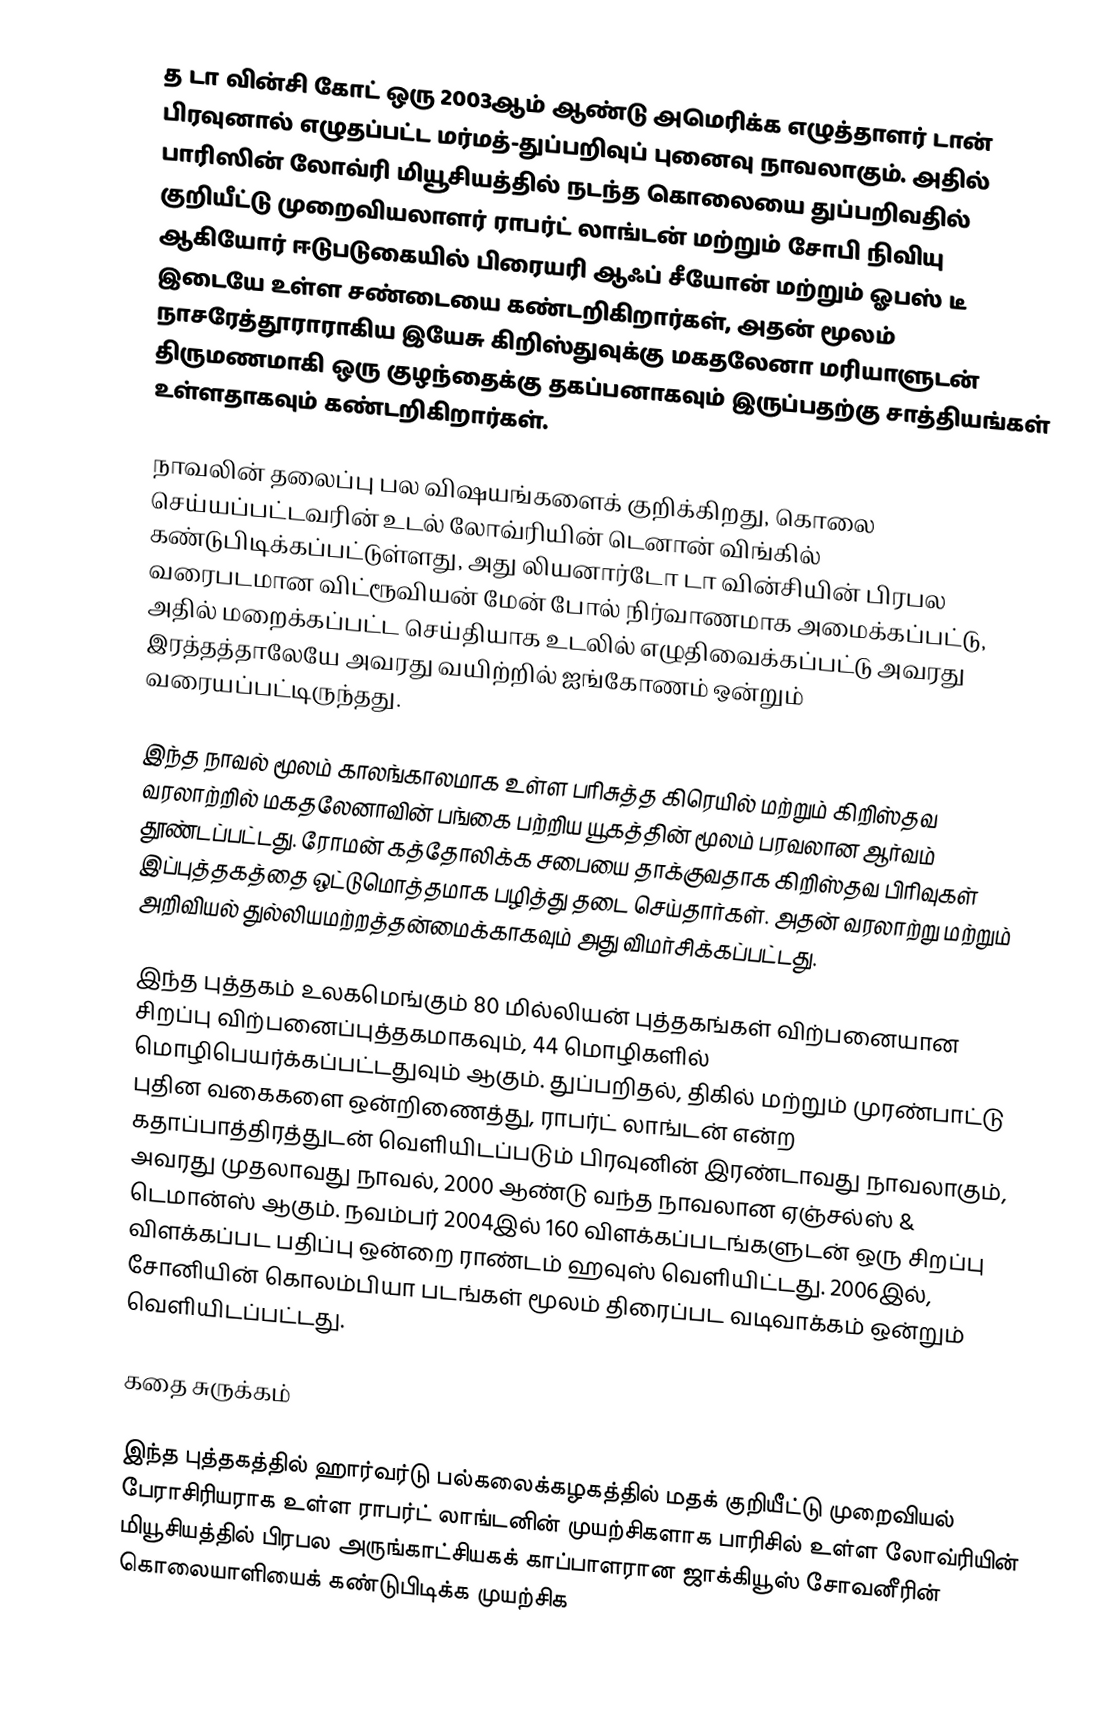
த டா வின்சி கோட்   ஒரு 2003ஆம் ஆண்டு அமெரிக்க எழுத்தாளர் டான் பிரவுனால் எழுதப்பட்ட மர்மத்-துப்பறிவுப் புனைவு நாவலாகும். அதில் பாரிஸின் லோவ்ரி மியூசியத்தில் நடந்த கொலையை துப்பறிவதில் குறியீட்டு முறைவியலாளர் ராபர்ட் லாங்டன் மற்றும் சோபி நிவியு ஆகியோர் ஈடுபடுகையில் பிரையரி ஆஃப் சீயோன் மற்றும் ஓபஸ் டீ இடையே உள்ள சண்டையை கண்டறிகிறார்கள், அதன் மூலம் நாசரேத்தூராராகிய இயேசு கிறிஸ்துவுக்கு மகதலேனா மரியாளுடன் திருமணமாகி ஒரு குழந்தைக்கு தகப்பனாகவும் இருப்பதற்கு சாத்தியங்கள் உள்ளதாகவும் கண்டறிகிறார்கள்.

நாவலின் தலைப்பு பல விஷயங்களைக் குறிக்கிறது, கொலை செய்யப்பட்டவரின் உடல் லோவ்ரியின் டெனான் விங்கில் கண்டுபிடிக்கப்பட்டுள்ளது, அது லியனார்டோ டா வின்சியின் பிரபல வரைபடமான விட்ரூவியன் மேன்  போல் நிர்வாணமாக அமைக்கப்பட்டு, அதில் மறைக்கப்பட்ட செய்தியாக உடலில் எழுதிவைக்கப்பட்டு அவரது இரத்தத்தாலேயே அவரது வயிற்றில் ஐங்கோணம் ஒன்றும் வரையப்பட்டிருந்தது.

இந்த நாவல் மூலம் காலங்காலமாக உள்ள பரிசுத்த கிரெயில் மற்றும் கிறிஸ்தவ வரலாற்றில் மகதலேனாவின் பங்கை பற்றிய யூகத்தின் மூலம் பரவலான ஆர்வம் தூண்டப்பட்டது. ரோமன் கத்தோலிக்க சபையை தாக்குவதாக கிறிஸ்தவ பிரிவுகள் இப்புத்தகத்தை ஒட்டுமொத்தமாக பழித்து தடை செய்தார்கள். அதன் வரலாற்று மற்றும் அறிவியல் துல்லியமற்றத்தன்மைக்காகவும் அது விமர்சிக்கப்பட்டது.

இந்த புத்தகம் உலகமெங்கும் 80 மில்லியன் புத்தகங்கள் விற்பனையான சிறப்பு விற்பனைப்புத்தகமாகவும், 44 மொழிகளில் மொழிபெயர்க்கப்பட்டதுவும் ஆகும். துப்பறிதல், திகில் மற்றும் முரண்பாட்டு புதின வகைகளை ஒன்றிணைத்து, ராபர்ட் லாங்டன் என்ற கதாப்பாத்திரத்துடன் வெளியிடப்படும் பிரவுனின் இரண்டாவது நாவலாகும், அவரது முதலாவது நாவல், 2000 ஆண்டு வந்த நாவலான ஏஞ்சல்ஸ் & டெமான்ஸ்  ஆகும். நவம்பர் 2004இல் 160 விளக்கப்படங்களுடன் ஒரு சிறப்பு விளக்கப்பட பதிப்பு ஒன்றை ராண்டம் ஹவுஸ் வெளியிட்டது. 2006இல், சோனியின் கொலம்பியா படங்கள் மூலம் திரைப்பட வடிவாக்கம் ஒன்றும் வெளியிடப்பட்டது.

கதை சுருக்கம்

இந்த புத்தகத்தில் ஹார்வர்டு பல்கலைக்கழகத்தில் மதக் குறியீட்டு முறைவியல் பேராசிரியராக உள்ள ராபர்ட் லாங்டனின் முயற்சிகளாக பாரிசில் உள்ள லோவ்ரியின் மியூசியத்தில் பிரபல அருங்காட்சியகக் காப்பாளரான ஜாக்கியூஸ் சோவனீரின் கொலையாளியைக் கண்டுபிடிக்க முயற்சிக